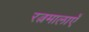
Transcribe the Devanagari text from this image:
रत्नमालाएँ